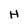
Character: H